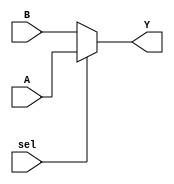
module multiplexer (
    input wire A,        // First data input
    input wire B,        // Second data input
    input wire sel,      // Select signal
    output wire Y        // Output
);

    // Conditional Continuous Assignment (using ternary operator)
    assign Y = (sel) ? A : B;

endmodule